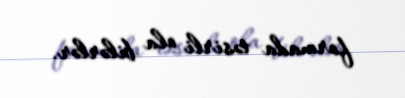
formada təsirli ola bilərlər.